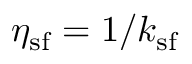
\eta _ { \mathrm { s f } } = 1 / k _ { \mathrm { s f } }